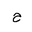
Letter: _ha